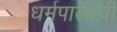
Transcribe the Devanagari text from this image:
धर्मपालाची